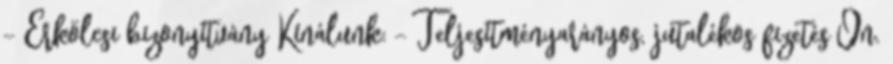
- Erkölcsi bizonyítvány Kínálunk: - Teljesítményarányos, jutalékos fizetés Ön.